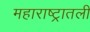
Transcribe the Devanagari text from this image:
महाराष्ट्रातली